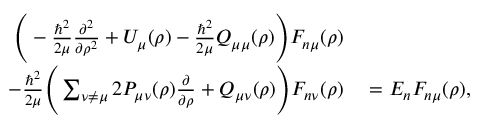
\begin{array} { r l } { \Bigg ( - \frac { \hbar ^ { 2 } } { 2 \mu } \frac { \partial ^ { 2 } } { \partial \rho ^ { 2 } } + U _ { \mu } ( \rho ) - \frac { \hbar ^ { 2 } } { 2 \mu } Q _ { \mu \mu } ( \rho ) \Bigg ) F _ { n \mu } ( \rho ) } & { { } } \\ { - \frac { \hbar ^ { 2 } } { 2 \mu } \Bigg ( \sum _ { \nu \neq \mu } 2 P _ { \mu \nu } ( \rho ) \frac { \partial } { \partial \rho } + Q _ { \mu \nu } ( \rho ) \Bigg ) F _ { n \nu } ( \rho ) } & { { } = E _ { n } F _ { n \mu } ( \rho ) , } \end{array}